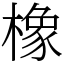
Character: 橡